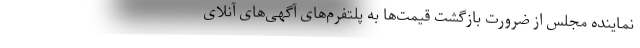
نماینده مجلس از ضرورت بازگشت قیمت‌ها به پلتفرم‌های آگهی‌های آنلای